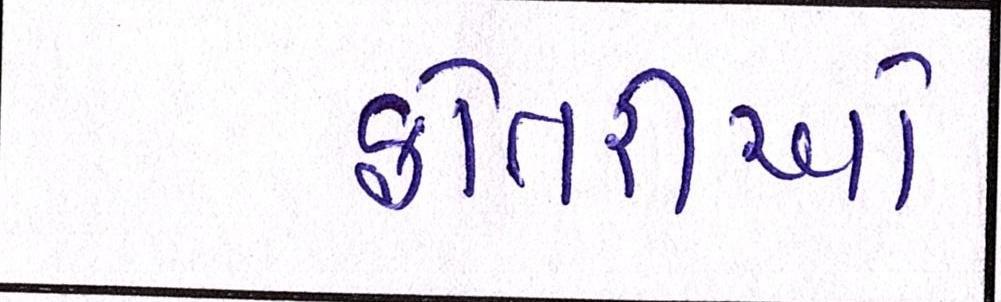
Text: ફોતરીઓ